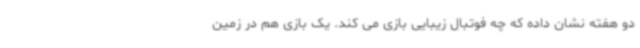
دو هفته نشان داده که چه فوتبال زیبایی بازی می کند. یک بازی هم در زمین